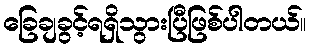
ခြေချခွင့်ရရှိသွားပြီဖြစ်ပါတယ်။